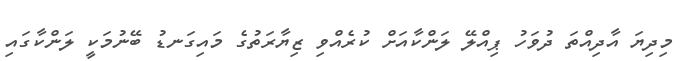
މިދިޔަ އާދިއްތަ ދުވަހު ޕިއްލޭ ލަންކާއަށް ކުރެއްވި ޒިޔާރަތުގެ މައިގަނޑު ބޭނުމަކީ ލަންކާގައި